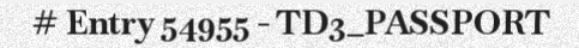
# Entry 54955 - TD3_PASSPORT